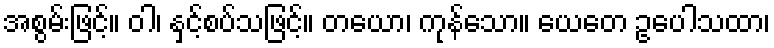
အစွမ်းဖြင့်။ ဝါ၊ နှင့်စပ်သဖြင့်။ တယော၊ ကုန်သော။ ယေတေ ဥပေါသထာ၊